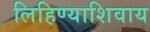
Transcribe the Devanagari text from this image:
लिहिण्याशिवाय